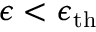
\epsilon < \epsilon _ { \mathrm { t h } }